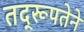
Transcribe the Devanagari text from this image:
तद्‌रूपतेने